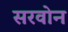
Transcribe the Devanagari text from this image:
सरवोन